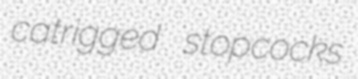
catrigged stopcocks